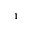
^ 1